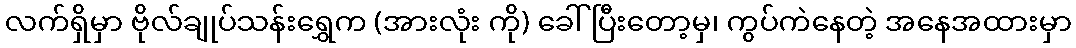
လက်ရှိမှာ ဗိုလ်ချုပ်သန်းရွှေက (အားလုံး ကို) ခေါ်ပြီးတော့မှ၊ ကွပ်ကဲနေတဲ့ အနေအထားမှာ